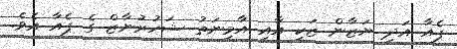
ޕެއާ އަދި ޔަޒާން ޒަކީ އާއި އާމިނަތު ޝަހުރުނާޒް ގެ ޕެއާ އެވެ.